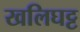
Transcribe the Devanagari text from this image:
खलिघट्ट